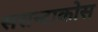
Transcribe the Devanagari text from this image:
सरान्टाकोस